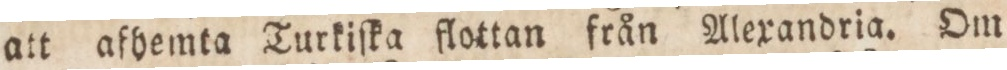
att afhemta Turkiſka flottan från Alexandria. Om